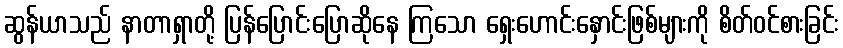
ဆွန်ယာသည် နာတာရှာတို့ ပြန်ပြောင်းပြောဆိုနေ ကြသော ရှေးဟောင်းနှောင်းဖြစ်များကို စိတ်ဝင်စားခြင်း